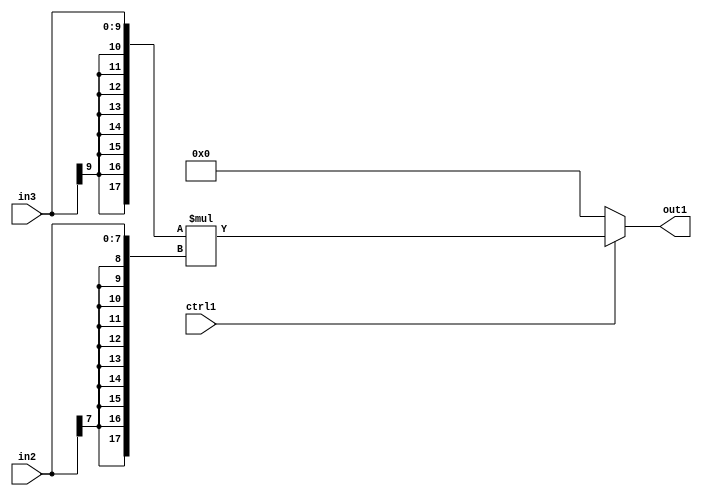
`timescale 1ps / 1ps
/*****************************************************************************
    Verilog RTL Description
    
    
    Created by: Stratus DpOpt 2019.1.01 
*******************************************************************************/

module mac_MuxMul2s8s10i0u1_4 (
	in3,
	in2,
	ctrl1,
	out1
	); /* architecture "behavioural" */ 
input [9:0] in3;
input [7:0] in2;
input  ctrl1;
output [17:0] out1;
wire [17:0] asc001,
	asc003;

assign asc003 = 
	+({{8{in3[9]}}, in3} * {{10{in2[7]}}, in2});

reg [17:0] asc001_tmp_0;
assign asc001 = asc001_tmp_0;
always @ (ctrl1 or asc003) begin
	case (ctrl1)
		1'B1 : asc001_tmp_0 = asc003 ;
		default : asc001_tmp_0 = 18'B000000000000000000 ;
	endcase
end

assign out1 = asc001;
endmodule

/* CADENCE  v7b2Sgo= : u9/ySgnWtBlWxVPRXgAZ4Og= ** DO NOT EDIT THIS LINE ******/